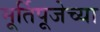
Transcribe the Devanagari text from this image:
मूर्तिपूजेच्या